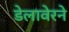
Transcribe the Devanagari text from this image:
डेलावेरने